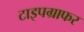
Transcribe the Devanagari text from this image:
टाइपग्राफर